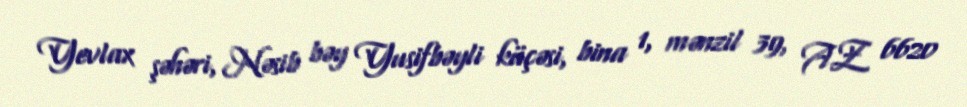
Yevlax şəhəri, Nəsib bəy Yusifbəyli küçəsi, bina 1, mənzil 39, AZ 6620